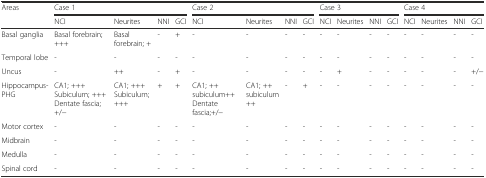
<table><thead><tr><td><b>Areas</b></td><td colspan="4"><b>Case 1</b></td><td colspan="4"><b>Case 2</b></td><td colspan="4"><b>Case 3</b></td><td colspan="4"><b>Case 4</b></td></tr><tr><td></td><td><b>NCI</b></td><td><b>Neurites</b></td><td><b>NNI</b></td><td><b>GCI</b></td><td><b>NCI</b></td><td><b>Neurites</b></td><td><b>NNI</b></td><td><b>GCI</b></td><td><b>NCI</b></td><td><b>Neurites</b></td><td><b>NNI</b></td><td><b>GCI</b></td><td><b>NCI</b></td><td><b>Neurites</b></td><td><b>NNI</b></td><td><b>GCI</b></td></tr></thead><tbody><tr><td>Basal ganglia</td><td>Basal forebrain; +++</td><td>Basal forebrain; +</td><td>-</td><td>+</td><td>-</td><td>-</td><td>-</td><td>-</td><td>-</td><td>-</td><td>-</td><td>-</td><td>-</td><td>-</td><td>-</td><td>-</td></tr><tr><td>Temporal lobe</td><td>-</td><td>-</td><td>-</td><td>-</td><td>-</td><td>-</td><td>-</td><td>-</td><td>-</td><td>-</td><td>-</td><td>-</td><td>-</td><td>-</td><td>-</td><td>-</td></tr><tr><td>Uncus</td><td>-</td><td>++</td><td>-</td><td>+</td><td>-</td><td>-</td><td>-</td><td>-</td><td>-</td><td>+</td><td>-</td><td>-</td><td>-</td><td>-</td><td>-</td><td>+/−</td></tr><tr><td>Hippocampus-PHG</td><td>CA1; +++ Subiculum; +++ Dentate fascia; +/−</td><td>CA1; +++ Subiculum; +++</td><td>+</td><td>+</td><td>CA1; ++ subiculum++ Dentate fascia;+/−</td><td>CA1; ++ subiculum++</td><td>-</td><td>+</td><td>-</td><td>-</td><td>-</td><td>-</td><td>-</td><td>-</td><td>-</td><td>-</td></tr><tr><td>Motor cortex</td><td>-</td><td>-</td><td>-</td><td>-</td><td>-</td><td>-</td><td>-</td><td>-</td><td>-</td><td>-</td><td>-</td><td>-</td><td>-</td><td>-</td><td>-</td><td>-</td></tr><tr><td>Midbrain</td><td>-</td><td>-</td><td>-</td><td>-</td><td>-</td><td>-</td><td>-</td><td>-</td><td>-</td><td>-</td><td>-</td><td>-</td><td>-</td><td>-</td><td>-</td><td>-</td></tr><tr><td>Medulla</td><td>-</td><td>-</td><td>-</td><td>-</td><td>-</td><td>-</td><td>-</td><td>-</td><td>-</td><td>-</td><td>-</td><td>-</td><td>-</td><td>-</td><td>-</td><td>-</td></tr><tr><td>Spinal cord</td><td>-</td><td>-</td><td>-</td><td>-</td><td>-</td><td>-</td><td>-</td><td>-</td><td>-</td><td>-</td><td>-</td><td>-</td><td>-</td><td>-</td><td>-</td><td>-</td></tr></tbody></table>